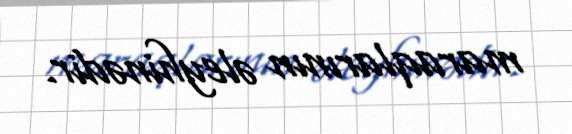
maraqlarının əleyhinədir.